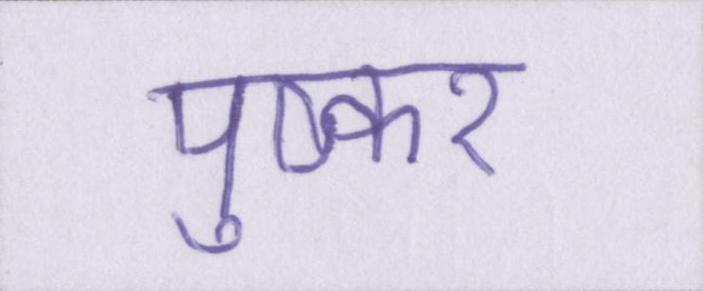
पुष्कर